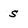
Character: s